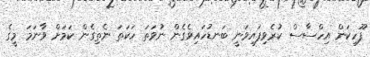
ފޫހިކަން އިހްސާސް ކުރެވިފައިވަނީ ބަނޑުހައިވެގެން ނުވަތަ ހަކަތަ ނެތިގެން ކަމަށް ވާނަމަ މީގެ